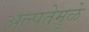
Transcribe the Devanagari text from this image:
अल्पतेमुळे